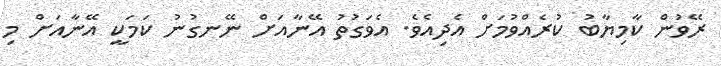
ރޭވުން ކާމިޔާބު ކުރެއްވުމަށް އެދިއެވެ. އެވަގުތު އޭނާއަށް ނޭނގުނު ކަމަކީ އޭނާއަށް މި